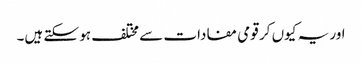
اور یہ کیوں کر قومی مفادات سے مختلف ہو سکتے ہیں۔